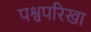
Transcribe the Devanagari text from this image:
पश्वपरिखा